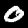
Label: 0